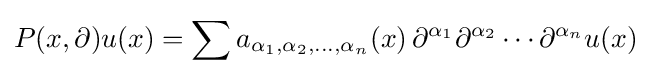
P(x,\partial )u(x)=\sum a_{\alpha _{1},\alpha _{2},\dots ,\alpha _{n}}(x)\,\partial ^{\alpha _{1}}\partial ^{\alpha _{2}}\cdots \partial ^{\alpha _{n}}u(x)